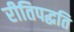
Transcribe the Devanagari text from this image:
रीतिपद्धति